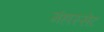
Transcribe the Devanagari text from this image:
मंहास्सेट